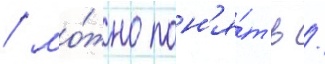
/ мо́жно пон'я́ть /